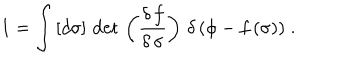
LaTeX: 1 = \int \, [ d \sigma ] \, \det \, \left( \frac { \delta \, f } { \delta \, \sigma } \right) \, \delta \, ( \phi - f \, ( \sigma ) ) \; .